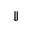
\Downarrow